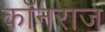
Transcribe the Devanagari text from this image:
कॉनराज